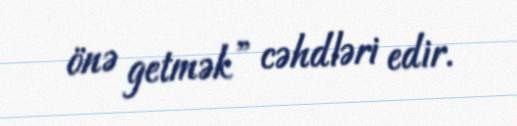
önə getmək” cəhdləri edir.